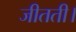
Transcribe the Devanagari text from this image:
जीतती।